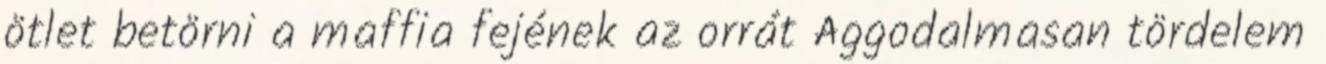
ötlet betörni a maffia fejének az orrát Aggodalmasan tördelem